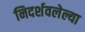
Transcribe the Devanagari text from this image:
निदर्शवलेल्या